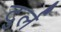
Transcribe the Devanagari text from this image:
टुर्ल